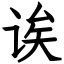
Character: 诶